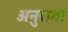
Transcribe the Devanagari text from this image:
अनुरागा